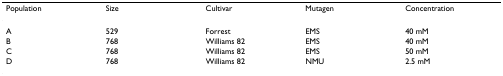
| Population | Size | Cultivar | Mutagen | Concentration |
 | --- | --- | --- | --- | --- |
 | A | 529 | Forrest | EMS | 40 mM |
 | B | 768 | Williams 82 | EMS | 40 mM |
 | C | 768 | Williams 82 | EMS | 50 mM |
 | D | 768 | Williams 82 | NMU | 2.5 mM |